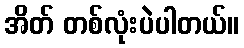
အိတ် တစ်လုံးပဲပါတယ်။